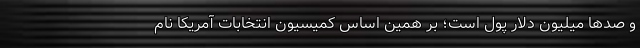
و صدها میلیون دلار پول است؛ بر همین اساس کمیسیون انتخابات آمریکا نام